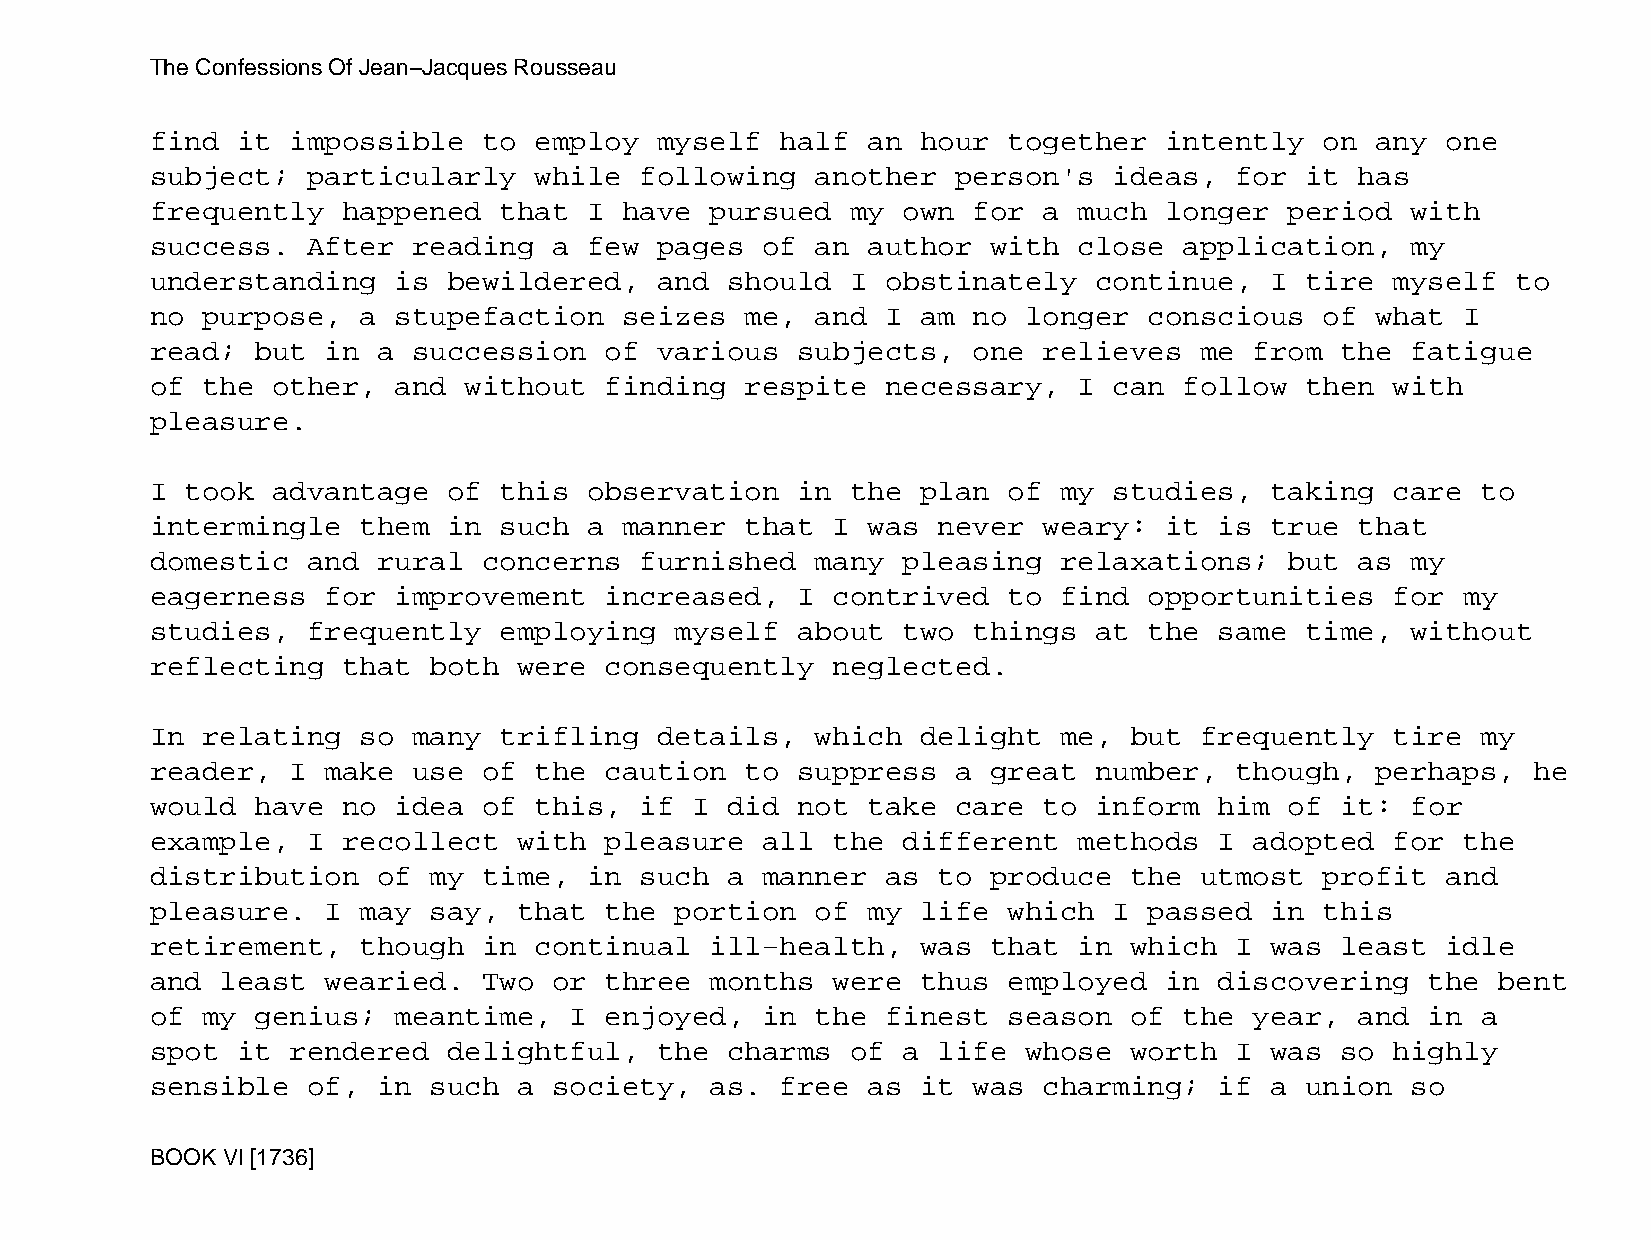
The Confessions Of Jean−Jacques Rousseau
 find  it impossible   to employ   myself  half an  hour  together  intently   on any  one
 subject;  particularly   while  following   another  person's   ideas,  for it  has
 frequently   happened  that  I have  pursued  my  own for  a much  longer  period  with
 success.  After  reading   a few  pages of  an author   with close  application,   my
 understanding   is  bewildered,   and should  I  obstinately  continue,   I tire  myself  to
 no purpose,   a stupefaction   seizes  me,  and  I am no  longer  conscious   of what  I
 read;  but  in a succession   of  various  subjects,  one  relieves  me  from  the fatigue
 of the  other,  and  without  finding  respite   necessary,  I  can follow  then  with
 pleasure.
 I took  advantage   of this  observation   in the  plan  of my  studies,  taking  care  to
 intermingle   them  in such  a manner  that  I was  never  weary:  it  is true  that
 domestic  and  rural  concerns  furnished   many  pleasing  relaxations;   but  as my
 eagerness   for improvement   increased,   I contrived   to find  opportunities   for  my
 studies,  frequently   employing   myself  about  two things  at  the  same time,  without
 reflecting   that both  were  consequently   neglected.
 In relating   so many  trifling   details,  which  delight  me,  but frequently   tire  my
 reader,  I  make use  of the  caution  to  suppress  a  great number,   though,  perhaps,  he
 would  have  no idea  of this,  if  I did  not take  care  to inform   him of  it: for
 example,  I  recollect  with  pleasure  all  the  different  methods   I adopted  for  the
 distribution   of my  time,  in such  a manner   as to  produce  the utmost   profit  and
 pleasure.   I may say,  that  the  portion  of my  life  which  I passed  in  this
 retirement,   though  in continual   ill−health,   was  that in  which  I was  least  idle
 and  least  wearied.  Two  or three  months  were  thus  employed  in  discovering   the bent
 of my  genius;  meantime,   I enjoyed,  in  the  finest  season  of the  year,  and  in a
 spot  it rendered   delightful,   the charms  of  a life  whose  worth  I was  so highly
 sensible  of,  in such  a  society,  as.  free as  it was  charming;   if a union  so
 BOOK VI [1736]